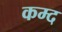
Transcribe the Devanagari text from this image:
कम्द